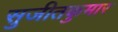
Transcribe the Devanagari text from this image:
सुजीतकुमार